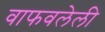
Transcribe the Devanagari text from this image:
वाफवलेली